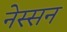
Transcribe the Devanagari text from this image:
नेस्‍सन